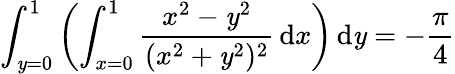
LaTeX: \int_{\mathit{y}=0}^{1}\left(\int_{x=0}^{1}{\frac{{x^{2}-\mathit{y}^{2}}}{{(x^{2}+\mathit{y}^{2})^{2}}}}\, {\mathrm{{d}}}x\right)\, {\mathrm{{d}}}\mathit{y}=-{\frac{{\pi}}{{4}}}